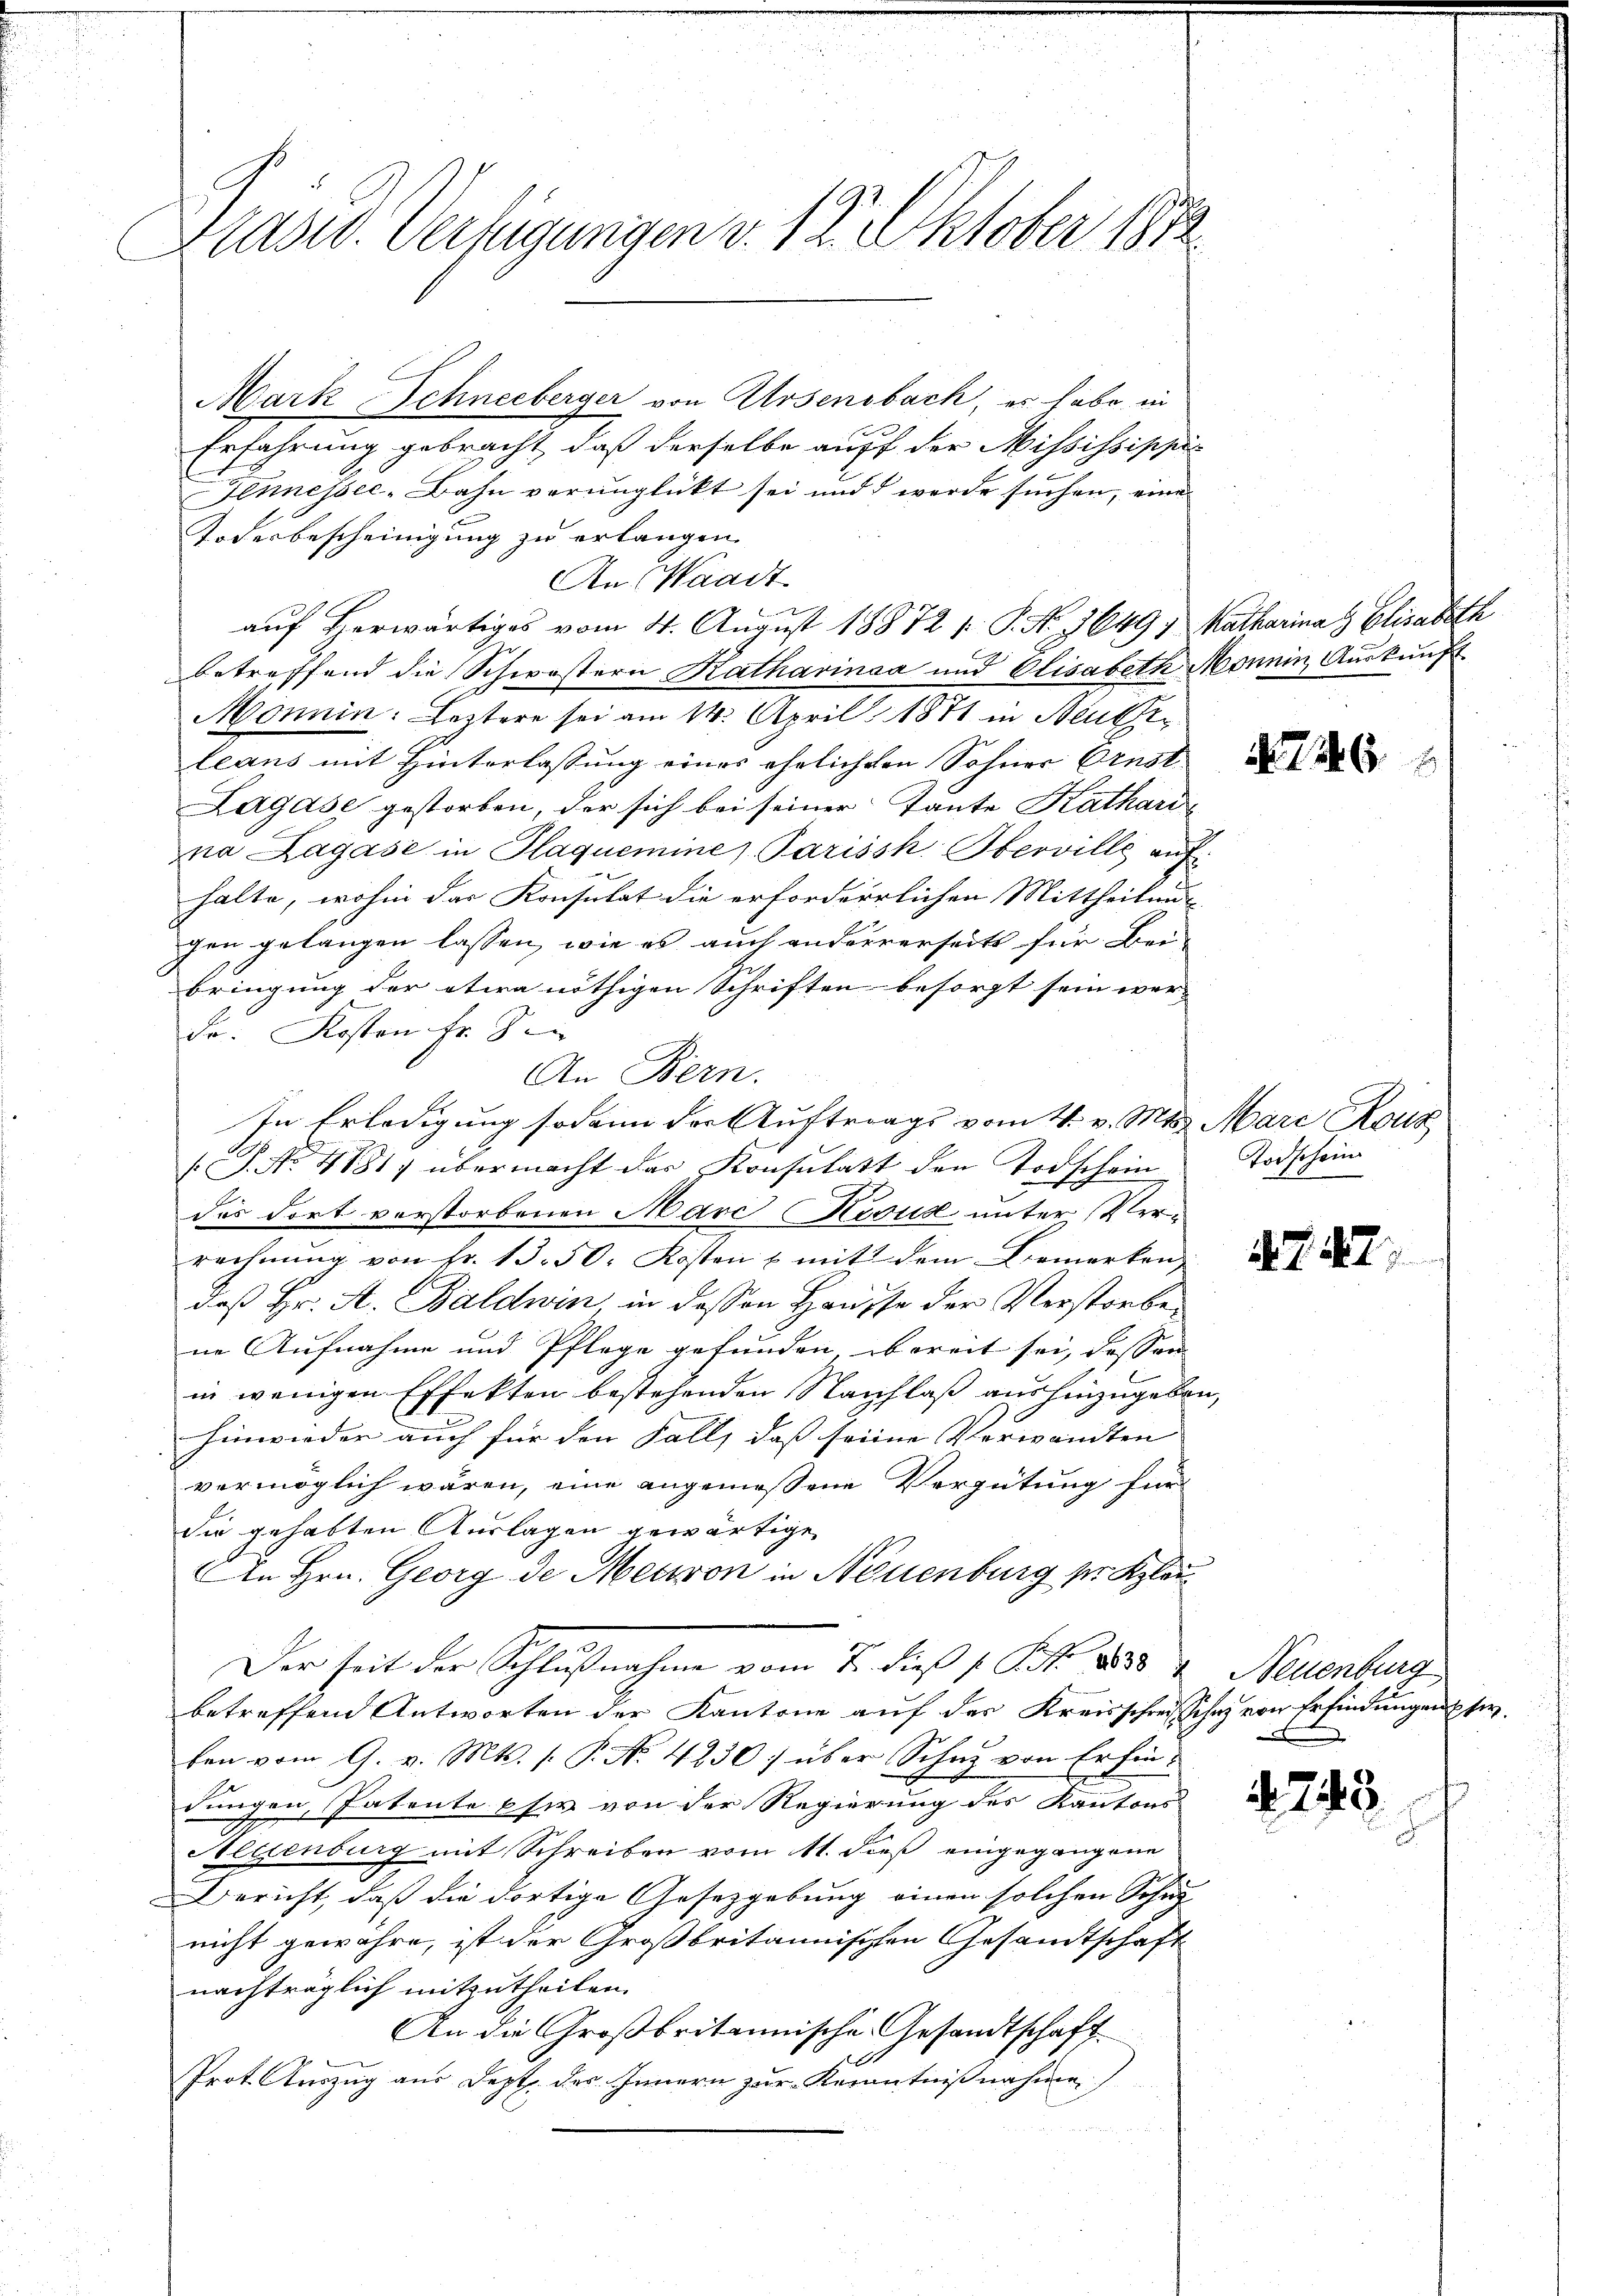
Präses Verfügungen v. 12. Oktober 1872

Erfahrung gebracht, daß derselbe auff der Mississippis
Tennessec-Bahn verunglückt sei und d werde suchen, eine
Todesbescheinigung zu erlangen.
An Waadt
auf herwärtiges vom 4. August 18872 f. P. Nr. 1649; Matharina Elisabeth
betreffend die Schwöstern Katharinaa und Elisabeth Monnin, Auskunft
Monnin: Leztere sei am 14. April 1871 in Beute
leans mit Hinterlassung eines ehelicheten Sohner Ernst
Lagase gestorben, der sich bei seiner Tante Kathard-
na Lagase in Glaquemine Parissk Oberville auf
halte, wohin das Konsulat die erforderrlichen Mittheilung
gen gelangen lassen, wie es auch anderrerseits für Bei-
bringung der etwa nöthigen Schriften besorgt sein wer- |
Fr. Kosten Fr. 8
An Bern.
In Erledigung sodann der Auftrags vom 4. v. Mts. Mare Rous
.P. No. 4181) übermacht das Konsulatt den Todschein
des dort vorstorbenen Marc Kesus unter Verrechnŭng von Fr. 13. 50. Kosten u. mit dem Bemerken,
daß Hr. A. Baldwin in dessen Hausse der Verstorbene Aufnahme und Pflege gefunden, obereit sei, dessen
in wenigen Effekten bestehenden Nachlaß aushinzugeben,
hinwieder auch für den Fall, dass seine Verwandten |
vermöglich wären, eine angemessene Vergütung für
die gehabten Auslagen gewärtigen
An Hrn. Georg des Meuron in Neuenburg pr. Klau
Der seit der Schlußnahme vom 7. dieß s. Zt. des Neuenburg
betreffend Antworten der Kantone auf der Kreisschreische von Erfindungen sie
ben vom 9. v. Mts. (: P. N. 4230/ über Schutz von Erfindungen, Patente es von der Regierung des Kantons
Aegenburg mit Schreiben vom 11. dieß eingegangene
Bericht, daß die dortige Gesetzgebung einen solchen Schu-
nicht gewähre, ist der Großbritannischen Gesandtschaft
nachträglich mitzutheilen.
An die Großbritannische Gesandtschaft
Prot. Auszug aus Sept. des Innern zur Kenntnißnahme

Mark Schneeberger von Arsensbach, es habe in

2

Todschein

1. 742)

e

4743.